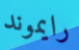
رايموند